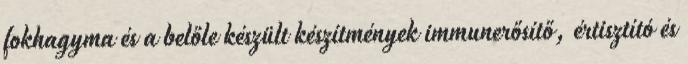
fokhagyma és a belőle készült készítmények immunerősítő, értisztító és